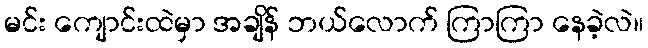
မင်း ကျောင်းထဲမှာ အချိန် ဘယ်လောက် ကြာကြာ နေခဲ့လဲ။